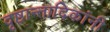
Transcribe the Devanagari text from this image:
दृष्टान्तादिकांनी